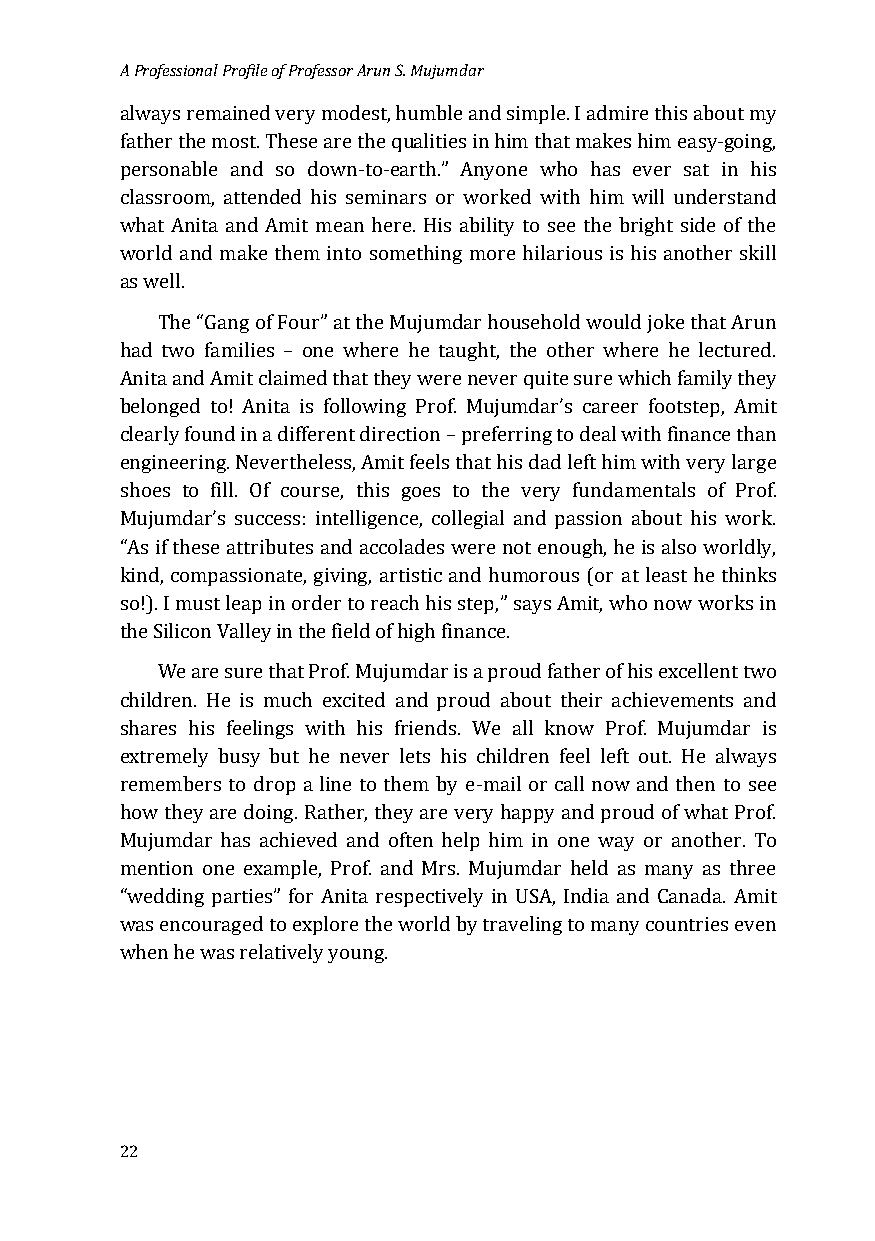
A Professional Profile of Professor Arun S. Mujumdar
 always remained very modest, humble and simple. I admire this about my
 father the most. These are the qualities in him that makes him easy-going,
 personable and so down-to-earth.” Anyone who has ever sat in his
 classroom, attended his seminars or worked with him will understand
 what Anita and Amit mean here. His ability to see the bright side of the
 world and make them into something more hilarious is his another skill
 as well.
 The “Gang of Four” at the Mujumdar household would joke that Arun
 had two families – one where he taught, the other where he lectured.
 Anita and Amit claimed that they were never quite sure which family they
 belonged to! Anita is following Prof. Mujumdar’s career footstep, Amit
 clearly found in a different direction – preferring to deal with finance than
 engineering. Nevertheless, Amit feels that his dad left him with very large
 shoes to fill. Of course, this goes to the very fundamentals of Prof.
 Mujumdar’s success: intelligence, collegial and passion about his work.
 “As if these attributes and accolades were not enough, he is also worldly,
 kind, compassionate, giving, artistic and humorous (or at least he thinks
 so!). I must leap in order to reach his step,” says Amit, who now works in
 the Silicon Valley in the field of high finance.
 We are sure that Prof. Mujumdar is a proud father of his excellent two
 children. He is much excited and proud about their achievements and
 shares his feelings with his friends. We all know Prof. Mujumdar is
 extremely busy but he never lets his children feel left out. He always
 remembers to drop a line to them by e-mail or call now and then to see
 how they are doing. Rather, they are very happy and proud of what Prof.
 Mujumdar has achieved and often help him in one way or another. To
 mention one example, Prof. and Mrs. Mujumdar held as many as three
 “wedding parties” for Anita respectively in USA, India and Canada. Amit
 was encouraged to explore the world by traveling to many countries even
 when he was relatively young.
 22